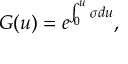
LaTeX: G ( u ) = e ^ { \int _ { 0 } ^ { u } \sigma d u } ,